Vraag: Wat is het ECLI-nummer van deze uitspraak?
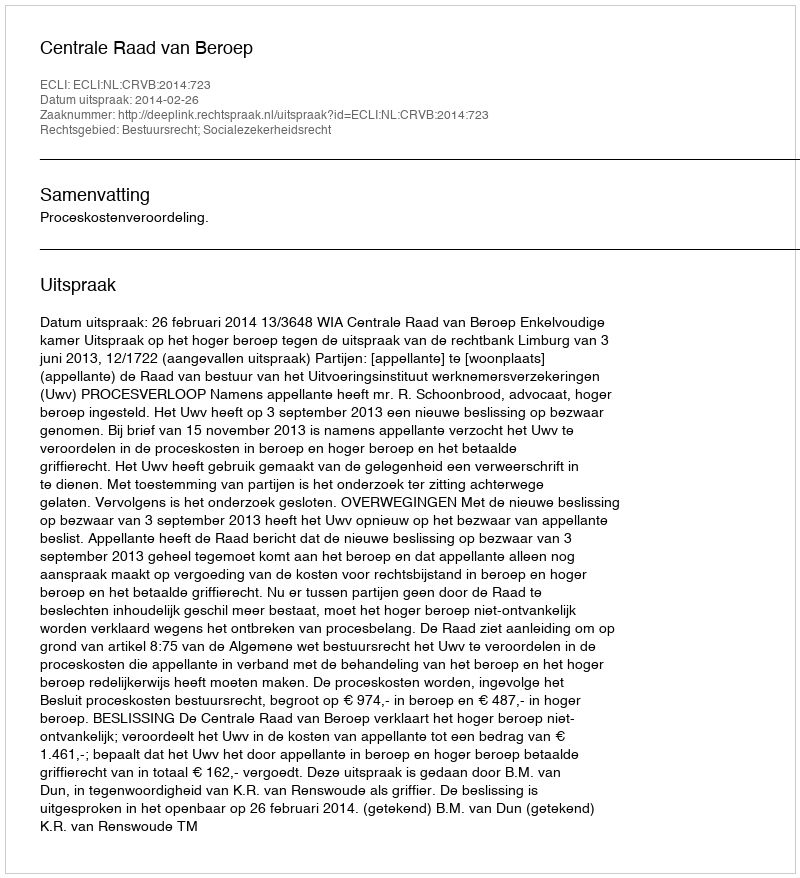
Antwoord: ECLI:NL:CRVB:2014:723